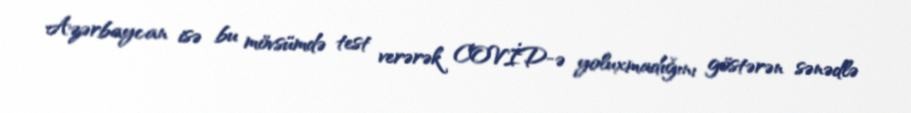
Azərbaycan isə bu mövsümdə test verərək COVİD-ə yoluxmadığını göstərən sənədlə